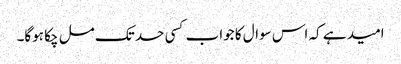
امید ہے کہ اس سوال کا جواب کسی حد تک مل چکا ہوگا۔